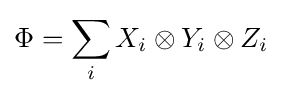
\Phi =\sum _{i}X_{i}\otimes Y_{i}\otimes Z_{i}